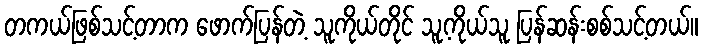
တကယ်ဖြစ်သင့်တာက ဖောက်ပြန်တဲ့ သူကိုယ်တိုင် သူ့ကိုယ်သူ ပြန်ဆန်းစစ်သင့်တယ်။